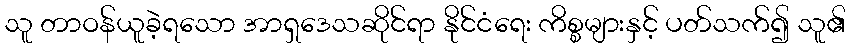
သူ တာဝန်ယူခဲ့ရသော အာရှဒေသဆိုင်ရာ နိုင်ငံရေး ကိစ္စများနှင့် ပတ်သက်၍ သူ၏